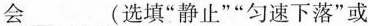
会___（选填”静止””匀速下落”或